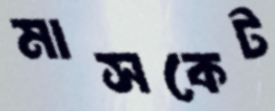
মাসকেট